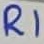
Text: R1